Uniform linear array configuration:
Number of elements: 8
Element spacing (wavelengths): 1
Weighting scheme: cosine
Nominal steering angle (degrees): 45
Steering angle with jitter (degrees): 45.959
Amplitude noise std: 0.05
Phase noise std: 0.05

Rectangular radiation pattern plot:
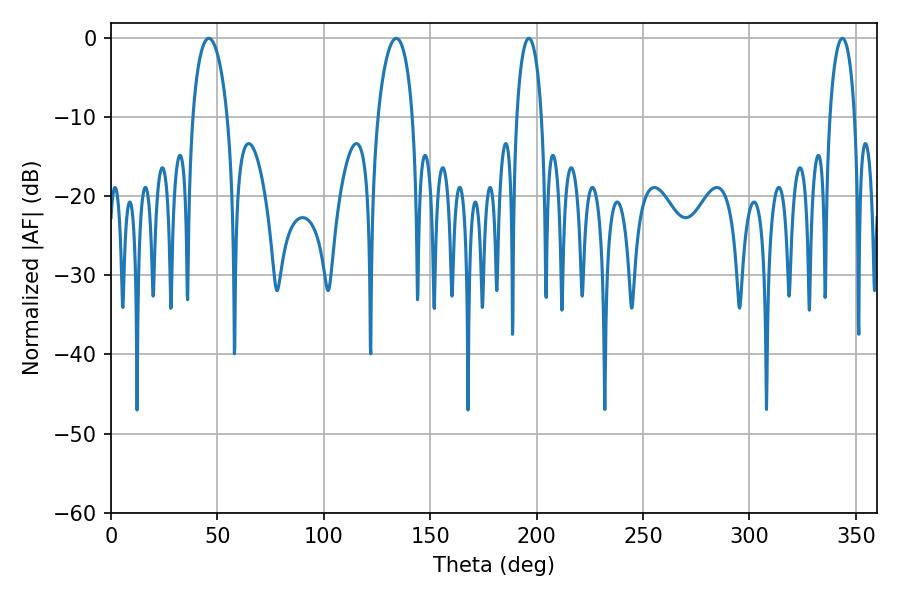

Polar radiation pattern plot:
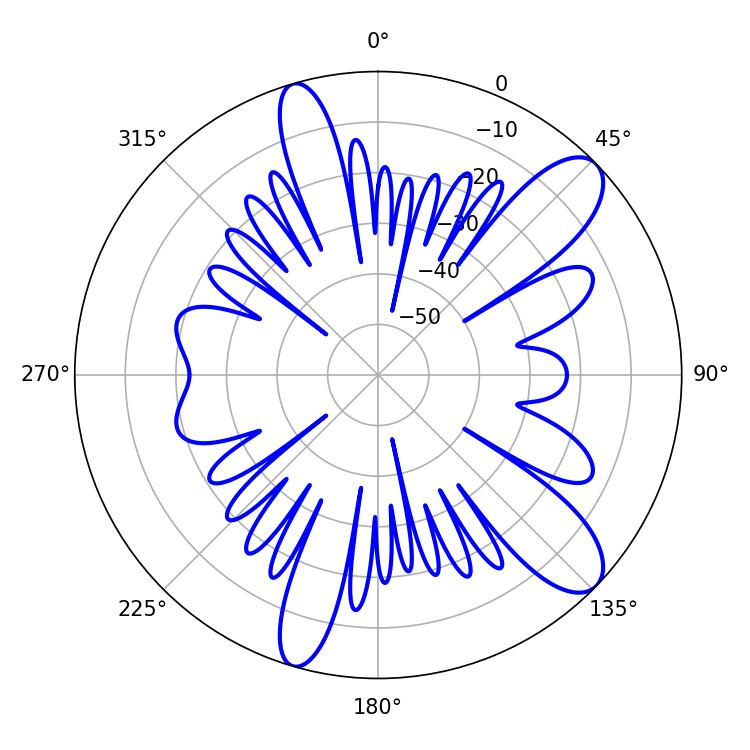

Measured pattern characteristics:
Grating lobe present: TRUE
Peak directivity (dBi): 10.438
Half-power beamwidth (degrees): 9.36
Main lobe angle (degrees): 45.9